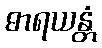
ဓာရယန္တံ